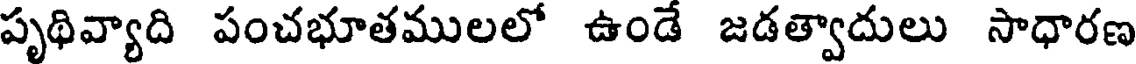
పృథివ్యాది పంచభూతములలో ఉండే జడత్వాదులు సాధారణ